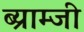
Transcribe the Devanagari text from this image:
ब्य्राम्जी